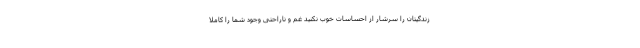
زندگیتان را سرشار از احساسات خوب نکنید غم و ناراحتی وجود شما را کاملا